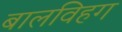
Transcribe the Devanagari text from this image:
बालविहग